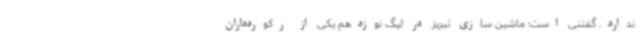
ندارد. گفتنی است؛ ماشین سازی تبریز در لیگ نوزدهم یکی از رکوردداران